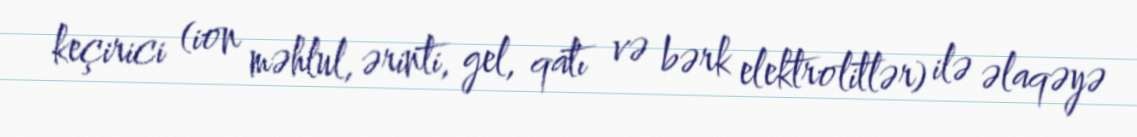
keçirici (ion məhlul, ərinti, gel, qatı və bərk elektrolitlər) ilə əlaqəyə